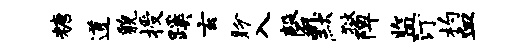
糖道貌授蹊玄盼入磬默狱陴监汀杓血